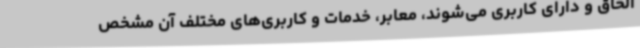
الحاق و دارای کاربری می‌شوند، معابر، خدمات و کاربری‌های مختلف آن مشخص